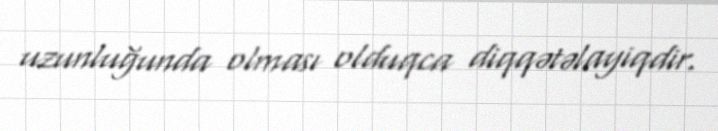
uzunluğunda olması olduqca diqqətəlayiqdir.